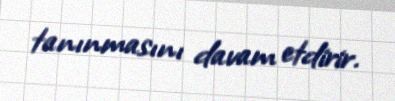
tanınmasını davam etdirir.